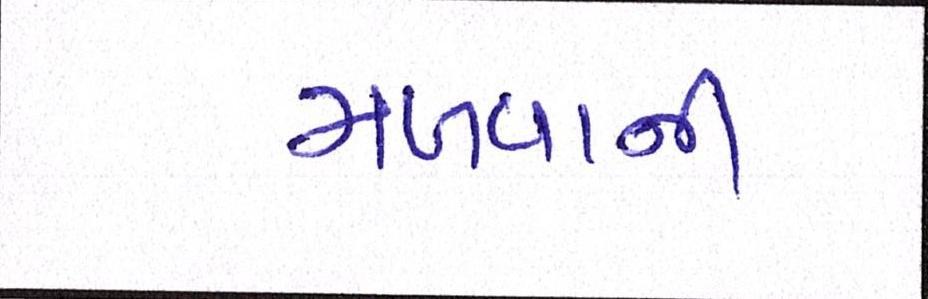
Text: મળવાની